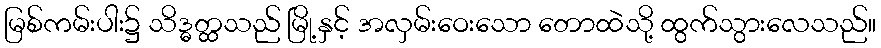
မြစ်ကမ်းပါး၌ သိဒ္ဓတ္ထသည် မြို့နှင့် အလှမ်းဝေးသော တောထဲသို့ ထွက်သွားလေသည်။